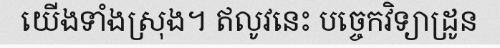
យើងទាំងស្រុង។ ឥលូវនេះ បច្ចេកវិទ្យាដ្រូន